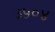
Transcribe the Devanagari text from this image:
३५०४